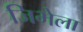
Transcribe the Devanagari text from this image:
जिभेला